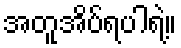
အတူအိပ်ရပါရဲ့။